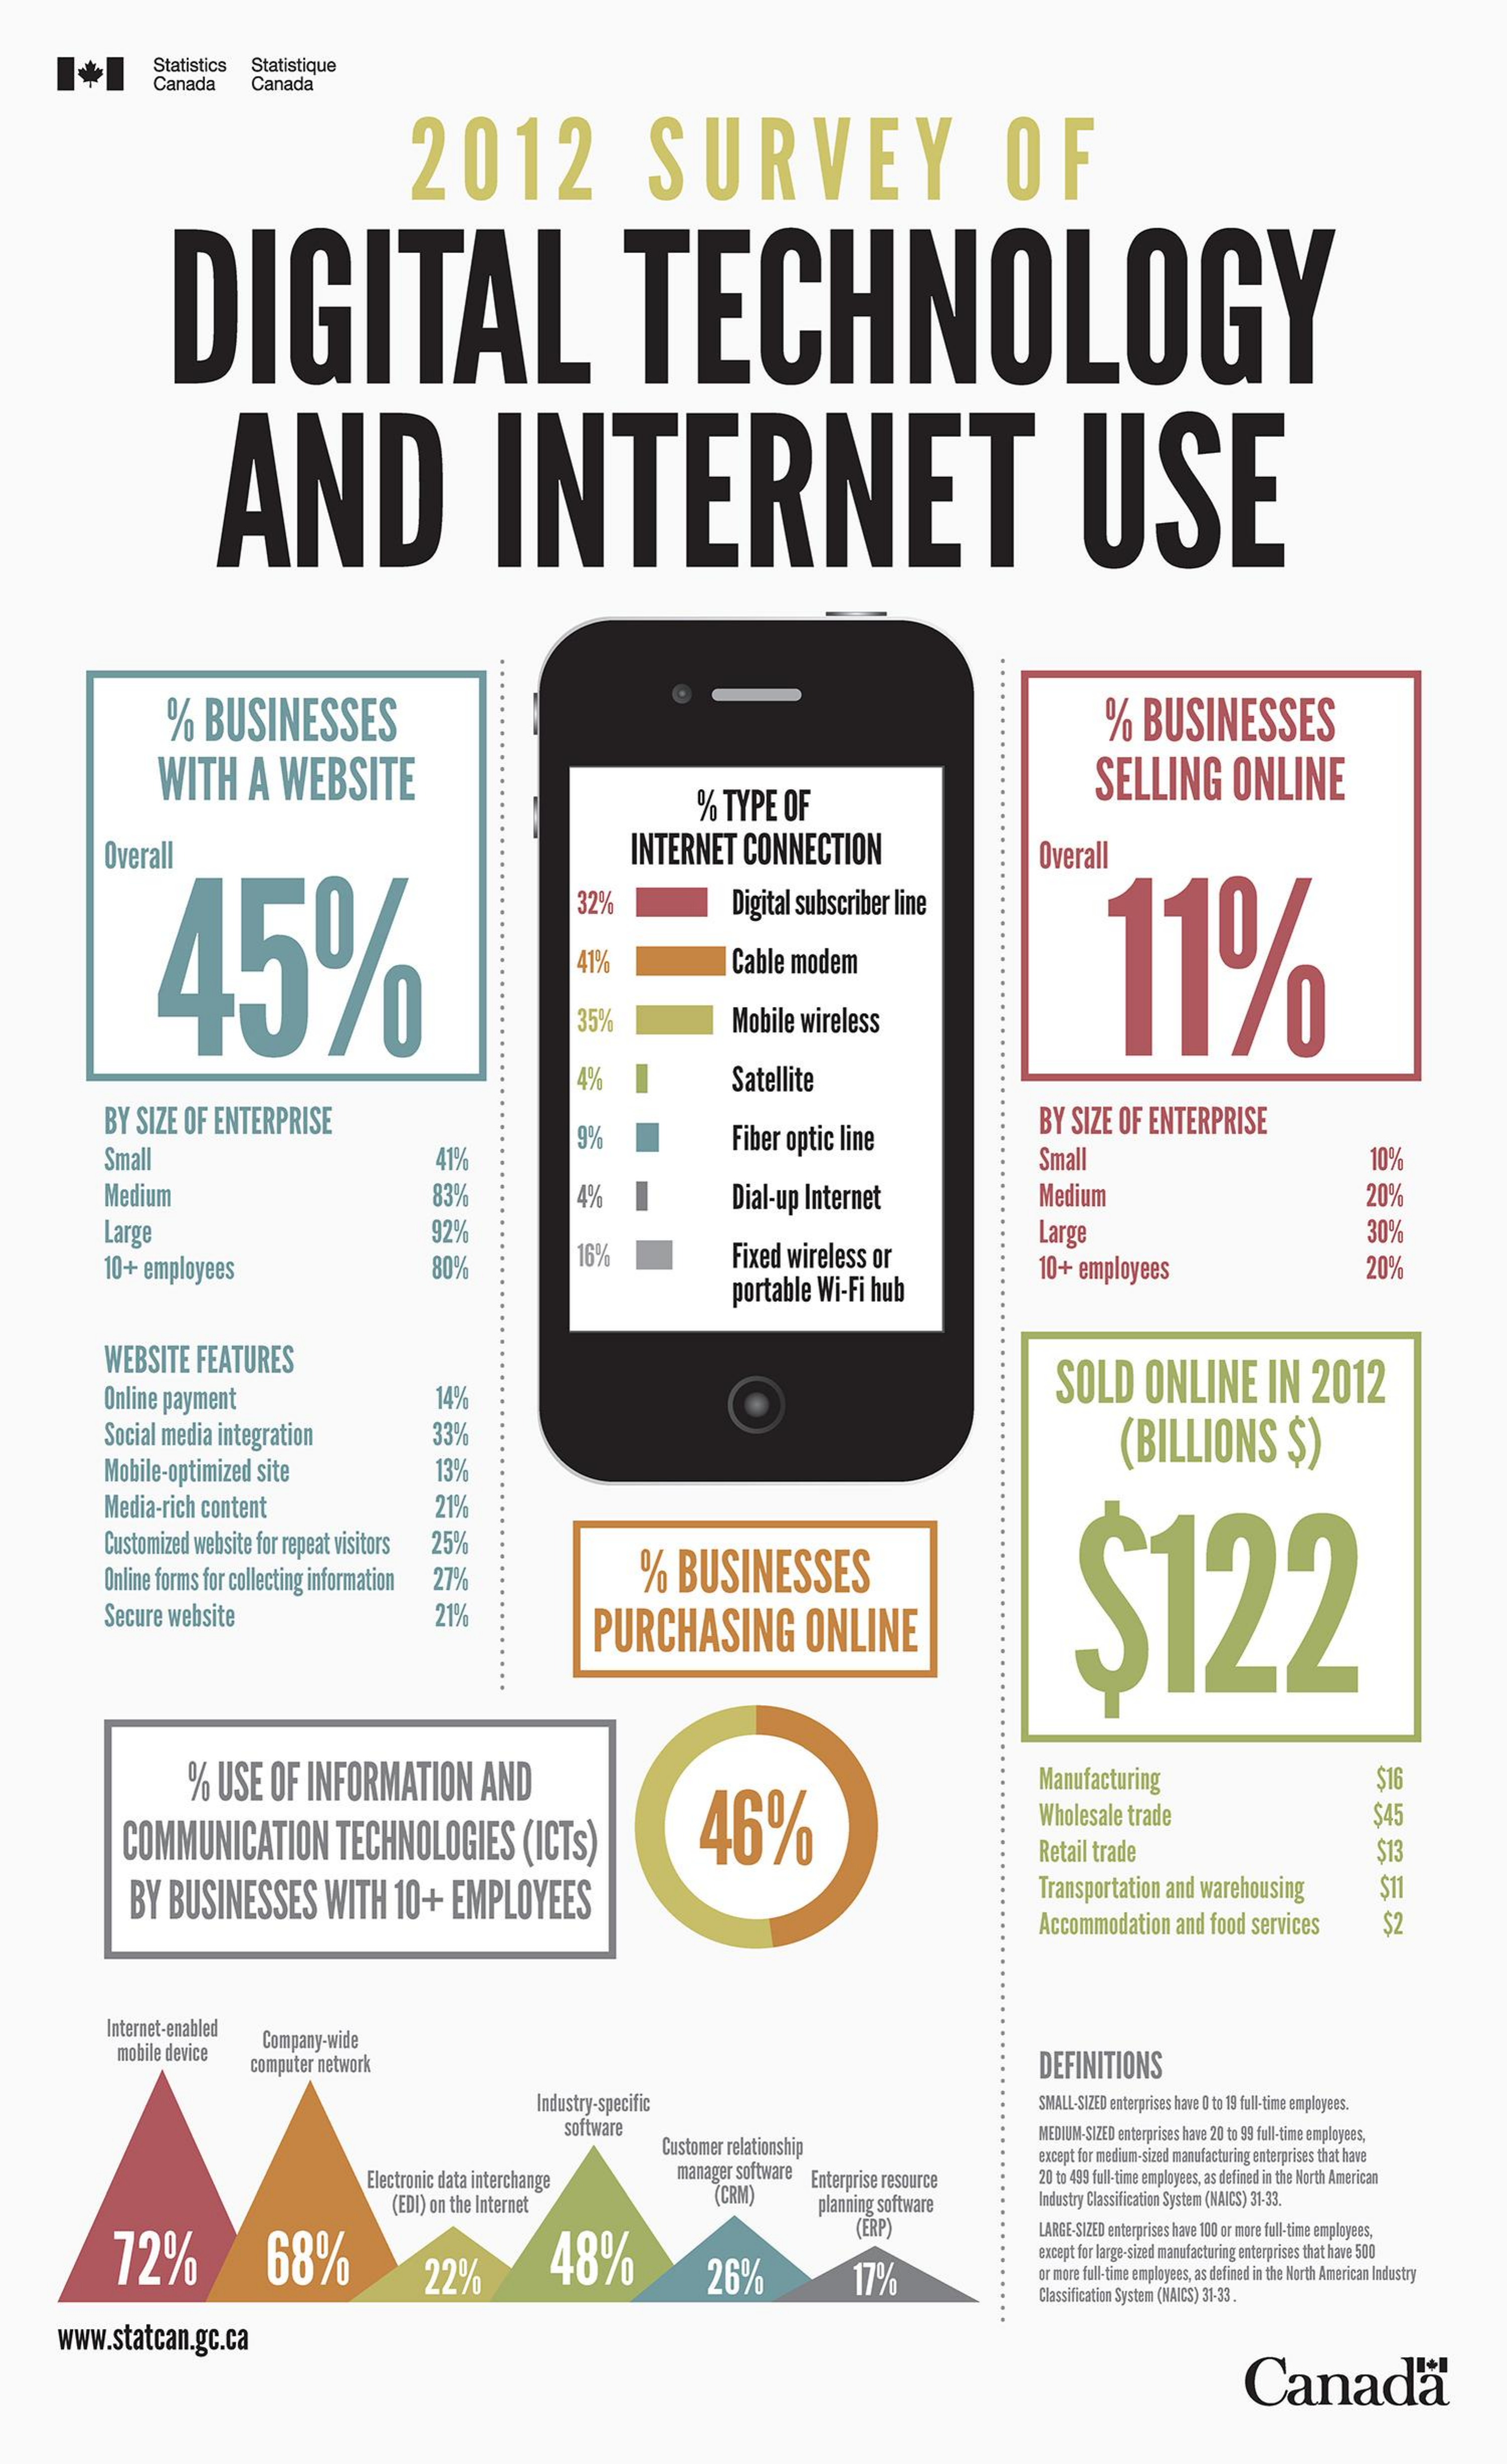
Statistics Statistique
     Canada   Canada
     2012    SURVEY    OF
     DIGITAL    TECHNOLOGY
     AND    INTERNET    USE
     ......
     % BUSINESSES    % BUSINESSES
     WITH    A  WEBSITE
     % TYPE OF
     SELLING    ONLINE
     Overall    INTERNET CONNECTION    Overall
     45%
     32%    Digital subscriber line
     11% 41% Cable modem
     35%    Mobile wireless
     4%    Satellite
     BY SIZE OF ENTERPRISE
     Small    41%
     9%    Fiber optic line
     BY SIZE OF ENTERPRISE
     Small
     83%    4%
     10%
     Medium    Medium
     Large    92%
     Dial-up Internet    20%
     10+ employees    80%    16%    Fixed wireless or
     Large    30%
     portable Wi-Fi hub
     10+ employees    20%
     WEBSITE  FEATURES
     Online payment
     Social media integration
     14%
     SOLD   ONLINE    IN   2012
     33%    (BILLIONS    $)
     Mobile-optimized site    13%
     Media-rich content    21%
     Customized website for repeat visitors 25%
     Online forms for collecting information 27%    %  BUSINESSES
     $122 Secure website 21% PURCHASING ONLINE
     % USE OF INFORMATION    AND
     46%
     Manufacturing    $16
     COMMUNICATION    TECHNOLOGIES    (ICTs)
     Wholesale trade    $45
     Retail trade    $13
     BY BUSINESSES    WITH  10+  EMPLOYEES    Transportation and warehousing $11
     Accommodation and food services $2
     Internet-enabled
     mobile device
     Company-wide
     computer network    DEFINITIONS
     Industry-specific    SNALL-SIZED enterprises have D to 19 full-time employees.
     software
     Customer relationship
     MEDIUM-SIZED enterprises have 20 to 99 full-time employees,
     Electronic data interchange manager software Enterprise resource
     except for medium-sized manufacturing enterprises that have
     20 ta 439 full-time employees, as defined in the North American
     (EDI) on the Internet    (CRM)    planning software   Industry Classification System (NAICS) 31-33.
     72%    68%    22%    48%
     (ERP)    LARGE-SIZED enterprises have 100 or more full-time employees,
     26%    17%
     except for large-sized manufacturing enterprises that have 500
     ar mere full-time employees, as defined in the North American Industry
     Classification System (NAICS) 31-33.
     www.statcan.gc.ca
     Canada®